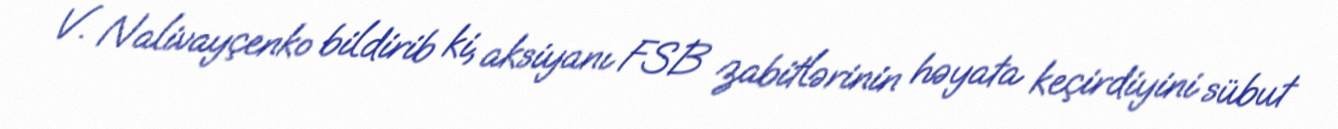
V. Nalivayçenko bildirib ki, aksiyanı FSB zabitlərinin həyata keçirdiyini sübut